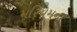
મરિયમના